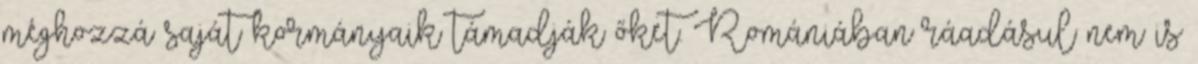
méghozzá saját kormányaik támadják őket. Romániában ráadásul nem is